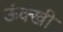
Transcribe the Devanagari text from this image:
ऊंक्खी